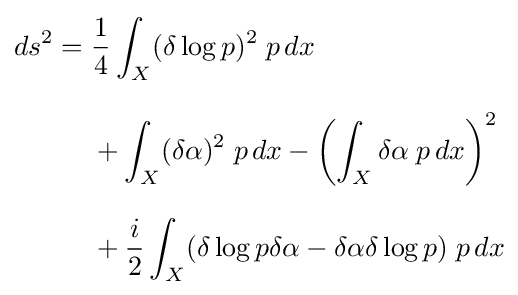
{\begin{aligned}ds^{2}={}&{\frac {1}{4}}\int _{X}(\delta \log p)^{2}\;p\,dx\\[8pt]{}&+\int _{X}(\delta \alpha )^{2}\;p\,dx-\left(\int _{X}\delta \alpha \;p\,dx\right)^{2}\\[8pt]&{}+{\frac {i}{2}}\int _{X}(\delta \log p\delta \alpha -\delta \alpha \delta \log p)\;p\,dx\end{aligned}}